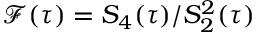
\mathcal { F } ( \tau ) = S _ { 4 } ( \tau ) / S _ { 2 } ^ { 2 } ( \tau )